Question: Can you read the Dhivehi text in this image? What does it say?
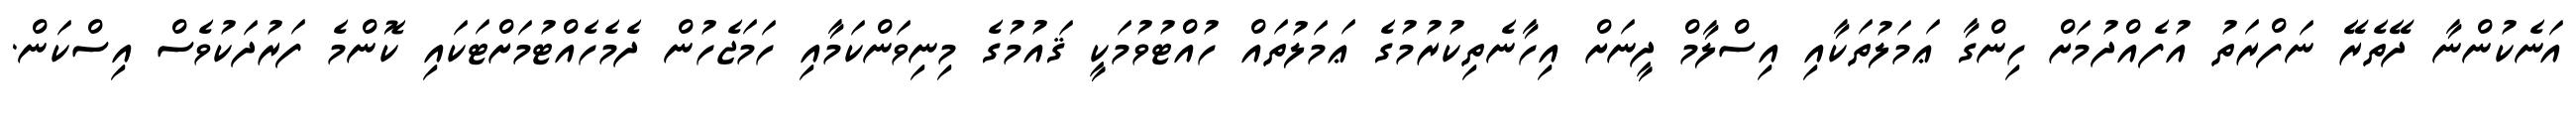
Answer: އަނެކުންނާ ދޭތެރޭ ނަފްރަތު އުފެއްދުމަށް ހިންގާ ޢަމަލުތަކާއި އިސްލާމް ދީނަށް އިހާނެތިކުރުމުގެ ޢަމަލުތައް ހުއްޓުވުމަކީ ޤައުމުގެ މިނިވަންކަމާއި ހަމަޖެހުން ދެމެހެއްޓުމަށްޓަކައި ކޮންމެ ފަރުދަކުވެސް އިސްކަން.